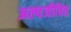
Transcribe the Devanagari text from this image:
अल्पजीवित